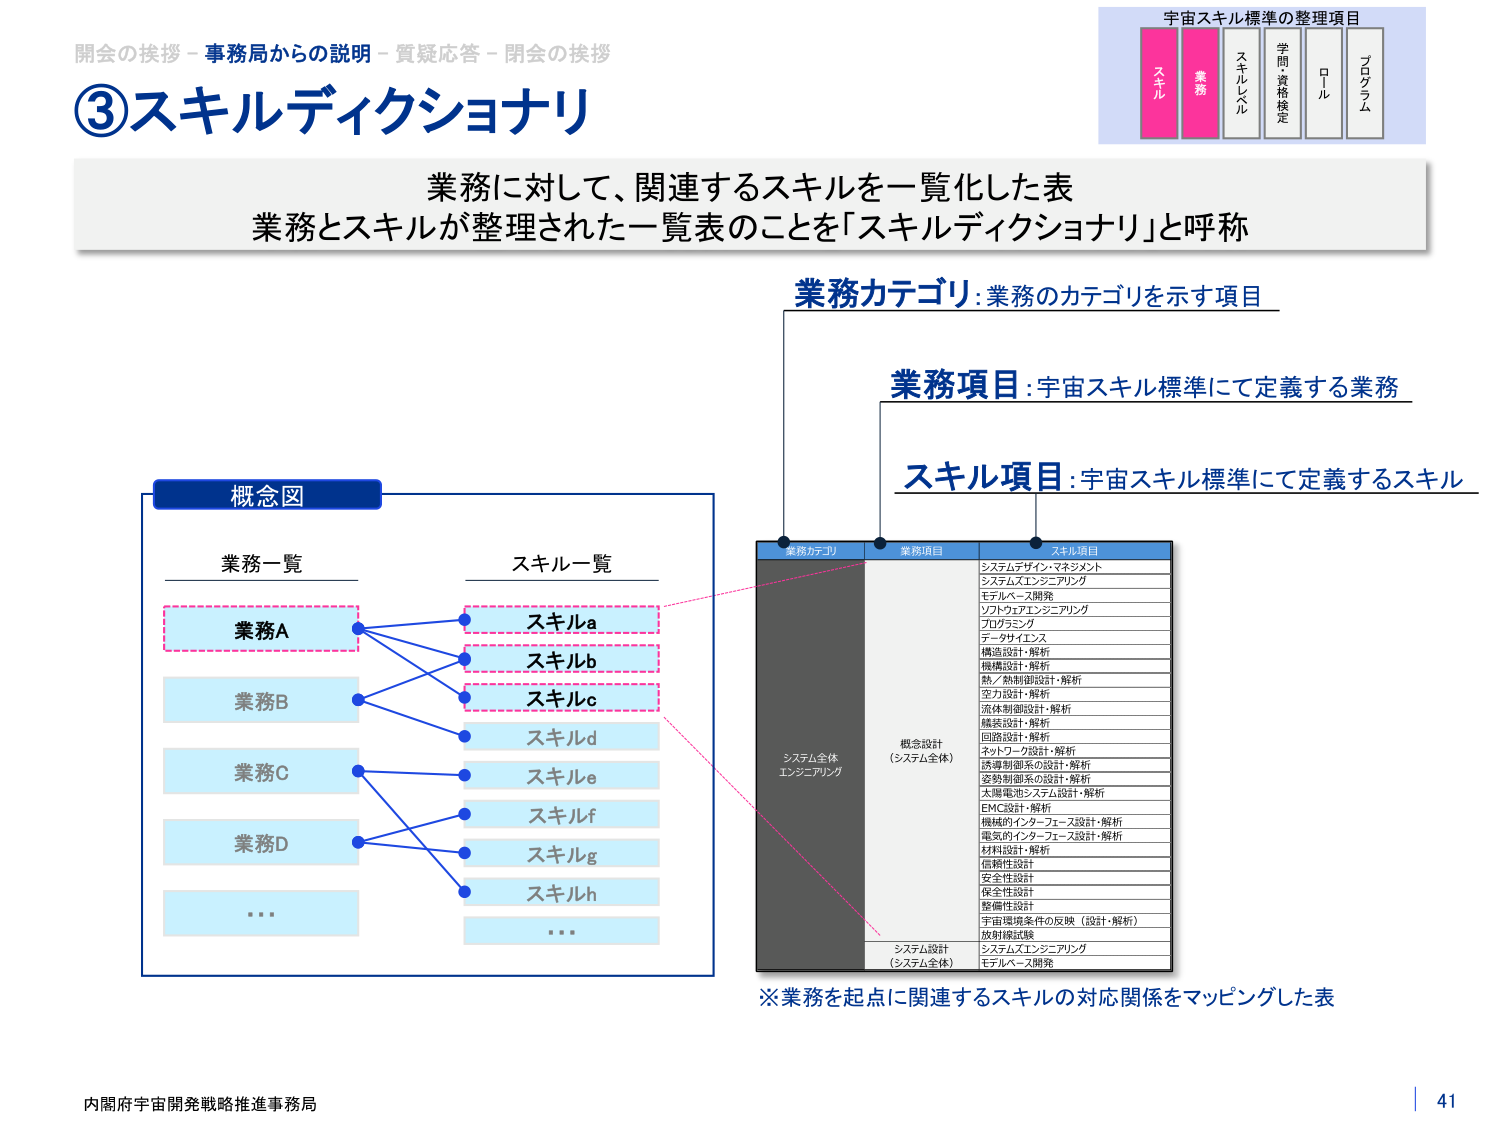
開会の挨拶－事務局からの説明－質疑応答－閉会の挨拶
③スキルディクショナリ
業務に対して、関連するスキルを一覧化した表
業務とスキルが整理された一覧表のことを「スキルディクショナリ」と呼称

宇宙スキル標準の整理項目
スキル
業務
スキルレベル
学問・資格検定
ロール
プログラム

業務カテゴリ：業務のカテゴリを示す項目
業務項目：宇宙スキル標準にて定義する業務
スキル項目：宇宙スキル標準にて定義するスキル

概念図
業務一覧
業務A
業務B
業務C
業務D
…
スキル一覧
スキルa
スキルb
スキルc
スキルd
スキルe
スキルf
スキルg
スキルh
…

業務カテゴリ　業務項目　スキル項目
システム全体エンジニアリング
概念設計（システム全体）
システムデザイン・マネジメント
システムエンジニアリング
モデルベース開発
ソフトウェアエンジニアリング
プログラミング
データサイエンス
構造設計・解析
機構設計・解析
熱／熱制御設計・解析
空力設計・解析
流体制御設計・解析
構装設計・解析
回路設計・解析
ネットワーク設計・解析
誘導制御系の設計・解析
姿勢制御系の設計・解析
太陽電池システム設計・解析
EMC設計・解析
機械的インターフェース設計・解析
電気的インターフェース設計・解析
材料設計・解析
信頼性設計
安全性設計
保全性設計
整備性設計
宇宙環境条件の反映（設計・解析）
放射線試験
システム設計（システム全体）
システムエンジニアリング
モデルベース開発

※業務を起点に関連するスキルの対応関係をマッピングした表

内閣府宇宙開発戦略推進事務局
41